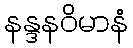
နန္ဒနဝိမာနံ